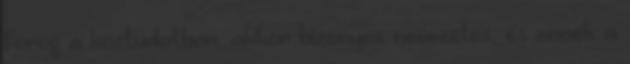
forog a köztudatban, akkor bizonyos nevezetes, és ennek a